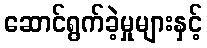
ဆောင်ရွက်ခဲ့မှုများနှင့်